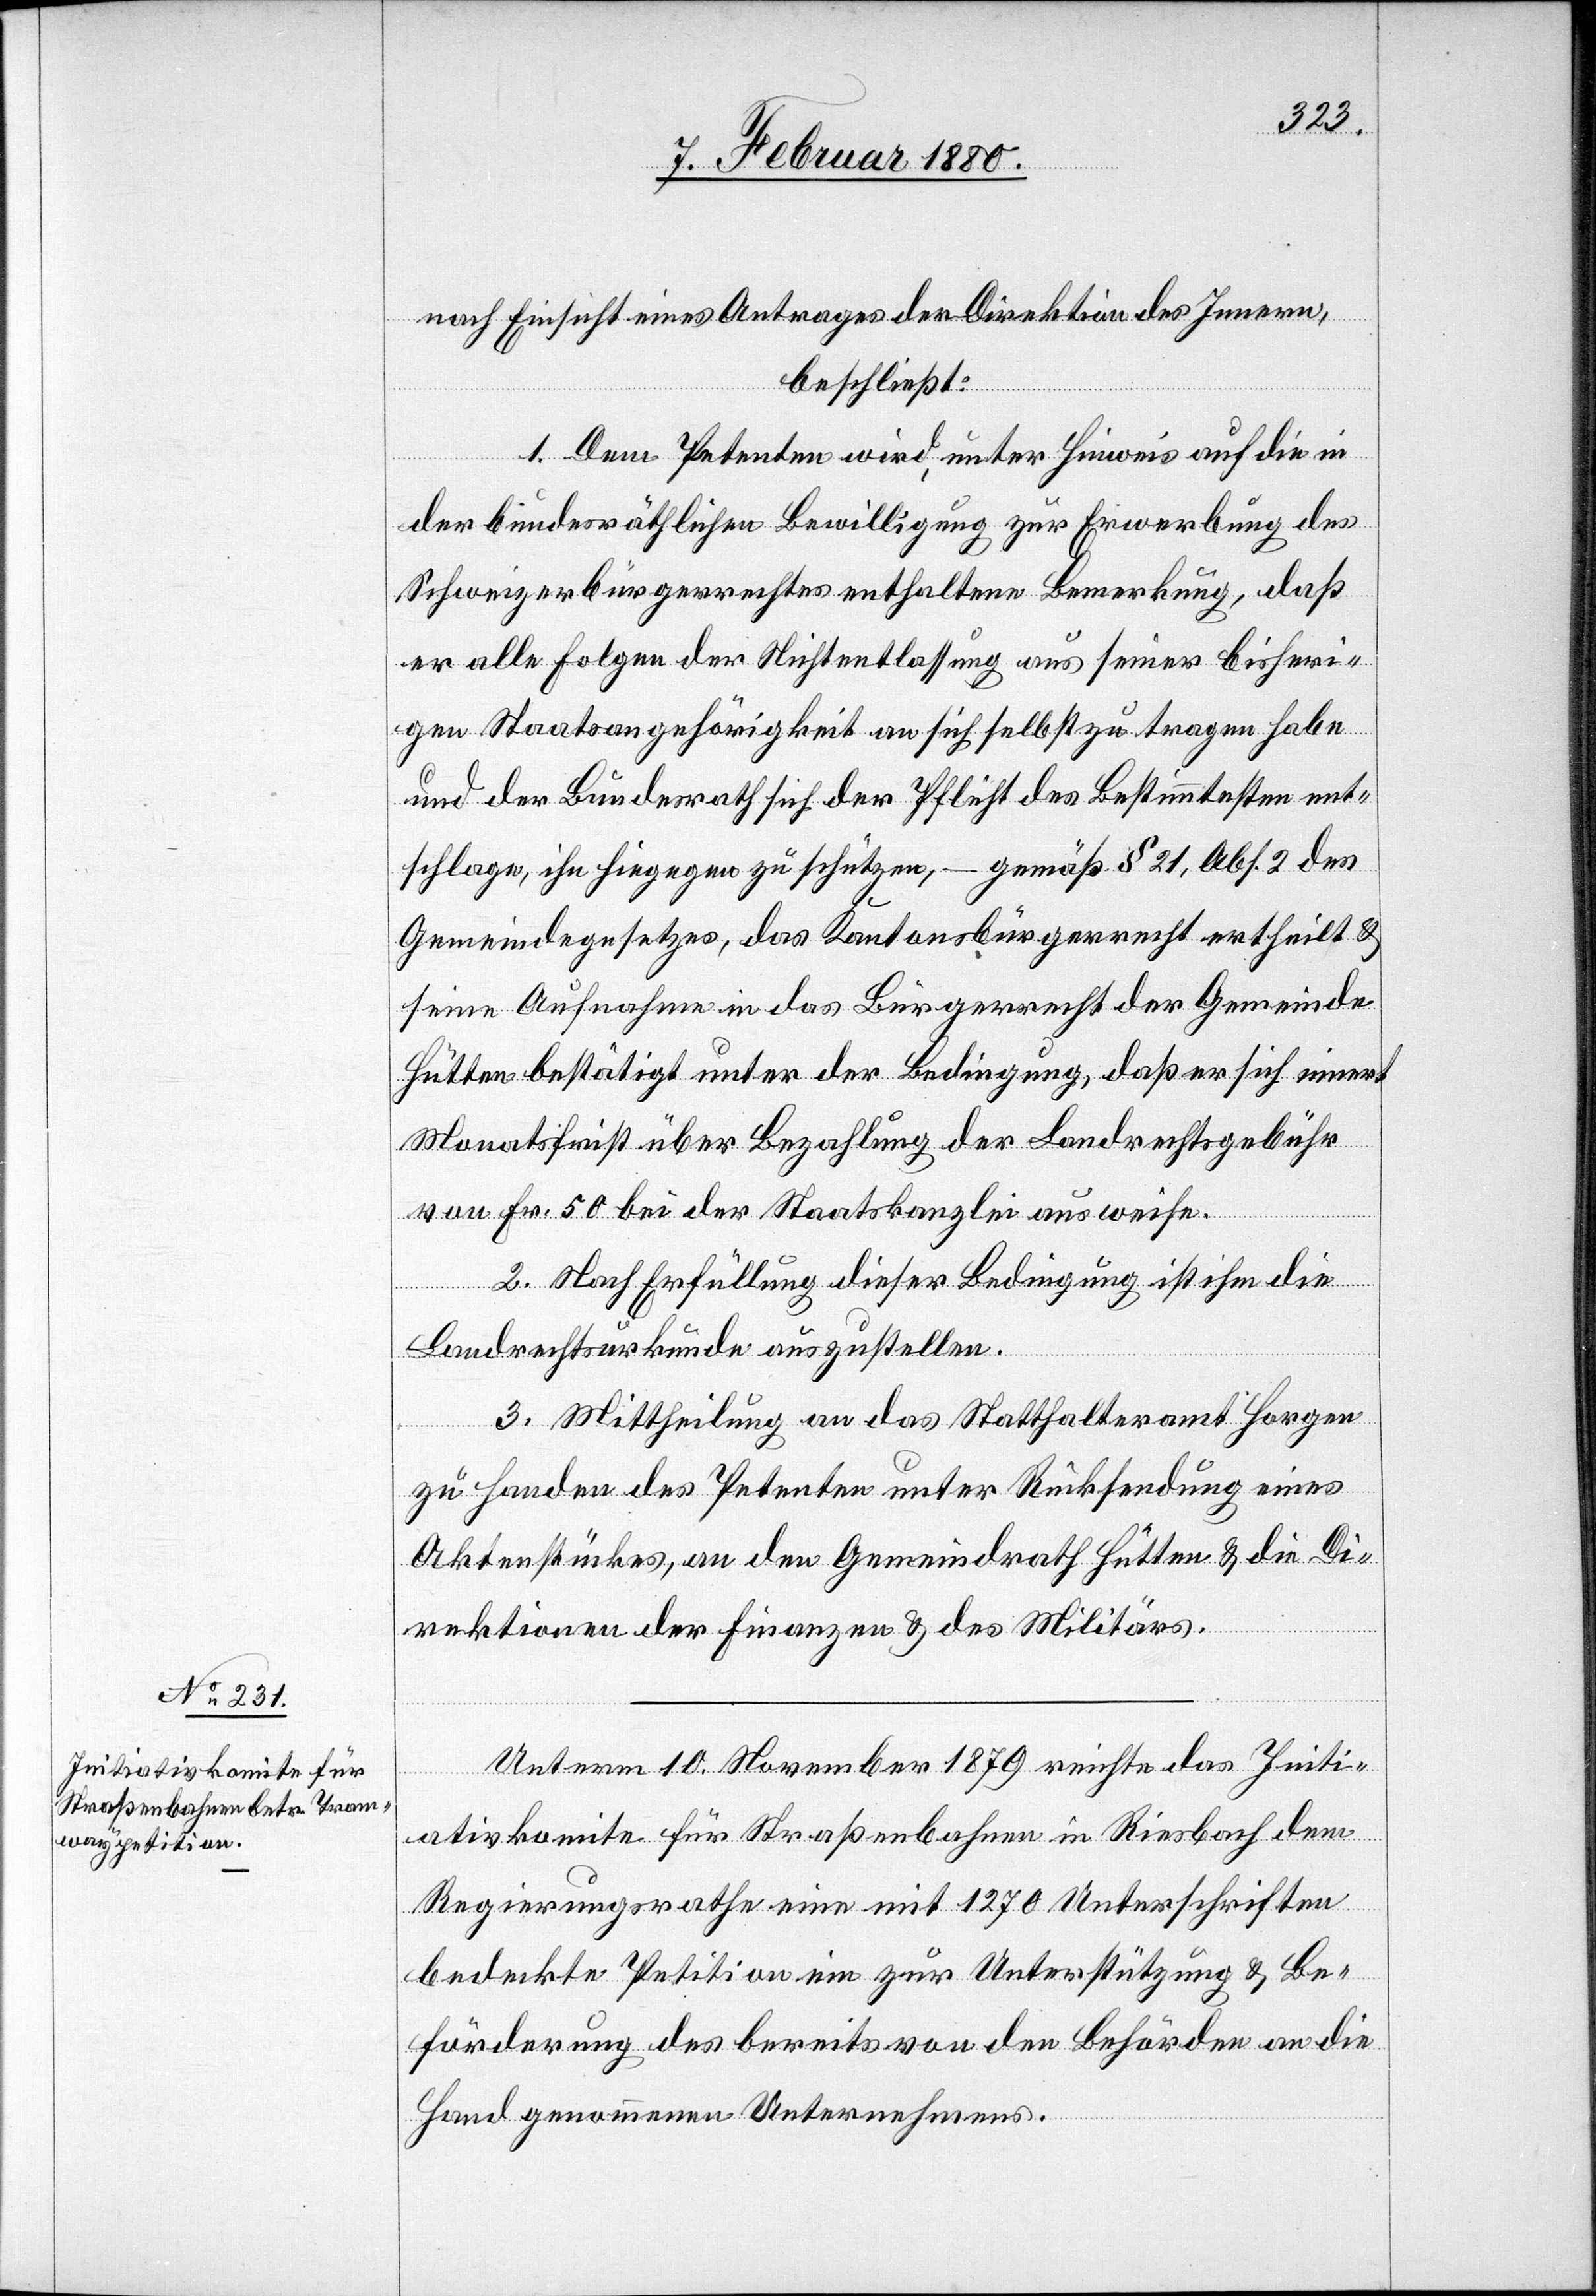
nach Einsicht eines Antrages der Direktion des Innern,
beschließt:
1. Dem Petenten wird, unter Hinweis auf die in
der bundesräthlichen Bewilligung zur Erwerbung des
Schweizerbürgerrechtes enthaltene Bemerkung, daß
er alle Folgen der Nichtentlassung aus seiner bisheri¬
gen Staatsangehörigkeit an sich selbst zu tragen habe
und der Bundesrath sich der Pflicht des Bestimmtesten ent¬
schlage, ihn hiegegen zu schützen, – gemäß § 21, Abs. 2 des
Gemeindegesetzes, das Kantonsbürgerrecht ertheilt &
seine Aufnahme in das Bürgerrecht der Gemeinde
Hütten bestätigt unter der Bedingung, daß er sich innert
Monatsfrist über Bezahlung der Landrechtsgebühr
von Fr. 50 bei der Staatskanzlei ausweise.
2. Nach Erfüllung dieser Bedingung ist ihm die
Landrechtsurkunde auszustellen.
3. Mittheilung an das Statthalteramt Horgen
zu Handen des Petenten unter Rücksendung eines
Aktenstückes, an den Gemeindrath Hütten & die Di¬
rektionen der Finanzen & des Militärs.
Unterm 10. November 1879 reichte das Initi¬
ativkomite für Straßenbahnen in Riesbach dem
Regierungsrathe eine mit 1270 Unterschriften
bedeckte Petition zur Unterstützung & Be¬
förderung des bereits von den Behörden an die
Hand genommenen Unternehmens.